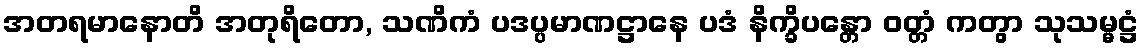
အတရမာနောတိ အတုရိတော, သဏိကံ ပဒပ္ပမာဏဋ္ဌာနေ ပဒံ နိက္ခိပန္တော ဝတ္တံ ကတွာ သုသမ္မဋ္ဌံ